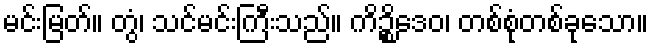
မင်းမြတ်။ တွံ၊ သင်မင်းကြီးသည်။ ကိဉ္စိဒေဝ၊ တစ်စုံတစ်ခုသော။